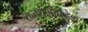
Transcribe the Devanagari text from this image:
राजधर्मोपदेश